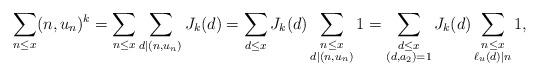
LaTeX: \begin{align*}\sum_{n\leq x}(n, u_{n})^{k}=\sum_{n\leq x}\sum_{\substack{d\mid (n, u_n)}} J_{k}(d)=\sum_{d\leq x}J_{k}(d)\sum_{\substack{n\leq x\\ d\mid (n, u_n)}}1=\sum_{\substack{d\leq x\\ (d,a_2)=1}}J_{k}(d)\sum_{\substack{n\leq x\\ \ell_u(d)\mid n }}1,\end{align*}